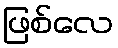
ဖြစ်လေ